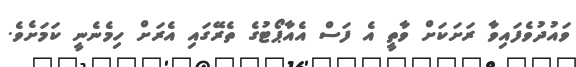
ވައުދުވެފައިވާ ރަށަކަށް ވާތީ އެ ފަސް އެއާޕޯޓުގެ ތެރޭގައި އެރަށް ހިމެނެނީ ކަމަށެވެ.